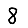
Digit: 8